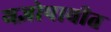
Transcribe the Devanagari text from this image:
यज्ञोपावीत